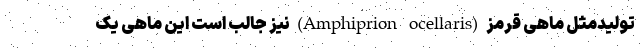
تولیدمثل ماهی قرمز (Amphiprion ocellaris) نیز جالب است این ماهی یک